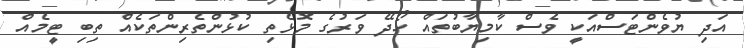
އަދި ޔުވެންޓަސްއަކީ ވެސް ކާމިޔާބުތައް ހޯދޭ ވަރުގެ މޮޅެތި ކުޅުންތެރިންތަކެއް ތިބި ޓީމެއް